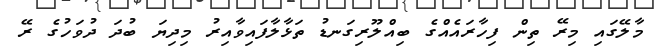
މާލޭގައި މިރޭ ތިން ފިހާރައެއްގެ ބިއްލޫރިގަނޑު ތަޅާލާފައިވާއިރު މިދިޔަ ބުދަ ދުވަހުގެ ރޭ